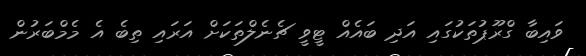
ވައިބާ ގްރޫޕުތަކުގައި އަދި ބައެއް ޓީވީ ޗެނެލްތަކަށް އަރައި ތިބެ އެ މެމްބަރުން